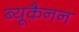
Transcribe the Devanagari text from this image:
ब्यूकैनन